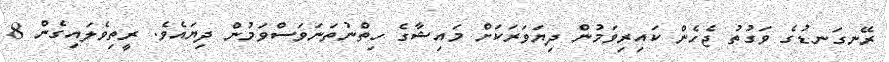
ރޭނގަނޑުގެ ވަގުތު ޖެހެން ކައިރިވަމުން ދިޔަވަރަކަށް މައިޝާގެ ހިތްނުތަނަވަސްވަމުން ދިޔައެވެ. ރީތިވެލައިގެން 8